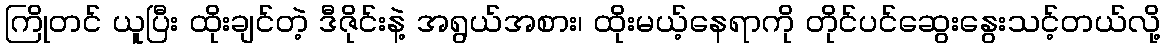
ကြိုတင် ယူပြီး ထိုးချင်တဲ့ ဒီဇိုင်းနဲ့ အရွယ်အစား၊ ထိုးမယ့်နေရာကို တိုင်ပင်ဆွေးနွေးသင့်တယ်လို့